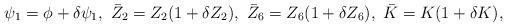
LaTeX: \begin{align*}\psi_1 = \phi + \delta \psi_1,\ \bar{Z}_2 = Z_2 (1 + \delta Z_2),\ \bar{Z}_6 = Z_6 (1 + \delta Z_6),\ \bar{K} = K (1 + \delta K),\end{align*}